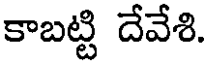
కాబట్టి దేవేశి.